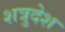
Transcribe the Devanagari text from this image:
शत्रुदेश